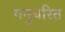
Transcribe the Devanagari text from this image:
मनुचरित